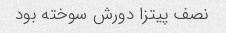
نصف پیتزا دورش سوخته بود